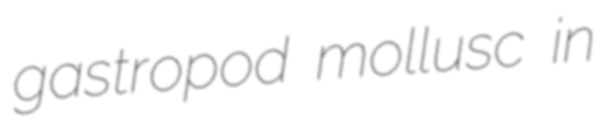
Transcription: gastropod mollusc in